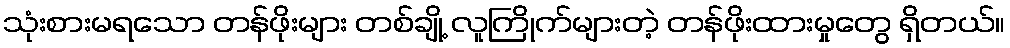
သုံးစားမရသော တန်ဖိုးများ တစ်ချို့ လူကြိုက်များတဲ့ တန်ဖိုးထားမှုတွေ ရှိတယ်။